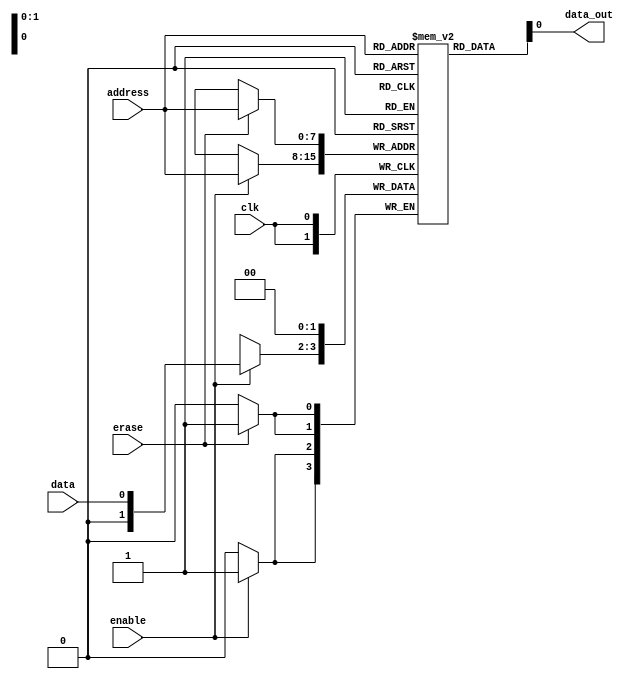
module EPROM(
  input wire clk,        // Clock input
  input wire enable,     // Enable signal for writing to memory cells
  input wire erase,      // Erase signal for clearing memory contents
  input wire [7:0] address,  // Address input for selecting memory cell
  input wire data,       // Data input for writing to memory cell
  output reg data_out    // Data output from selected memory cell
);

// Parameter for defining number of memory cells
parameter MEM_DEPTH = 256;

// Declare memory array
reg [1:0] memory[MEM_DEPTH - 1:0];

// Write enable logic
always @(posedge clk) begin
  if (enable) begin
    memory[address] <= data;
  end
end

// Erase logic
always @(posedge clk) begin
  if (erase) begin
    memory[address] <= 2'b00;  // Clear memory cell contents
  end
end

// Read data from selected memory cell
assign data_out = memory[address];

endmodule